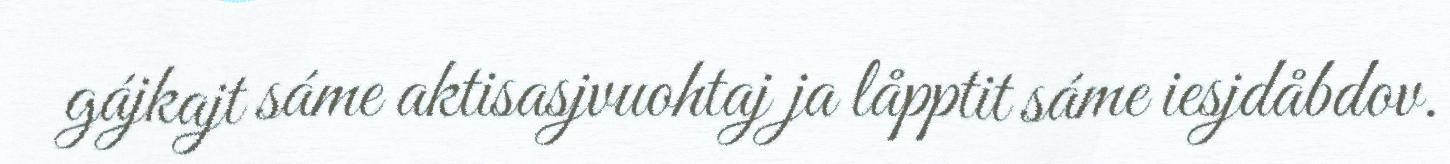
gájkajt sáme aktisasjvuohtaj ja låpptit sáme iesjdåbdov.